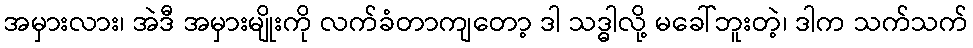
အမှားလား၊ အဲဒီ အမှားမျိုးကို လက်ခံတာကျတော့ ဒါ သဒ္ဓါလို့ မခေါ်ဘူးတဲ့၊ ဒါက သက်သက်